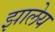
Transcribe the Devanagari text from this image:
झालेय